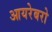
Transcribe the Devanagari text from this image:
आयरेबरो